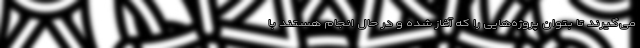
می‌گیرند تا بتوان پروژه‌هایی را که آغاز شده و در حال انجام هستند با